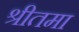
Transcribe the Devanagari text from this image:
श्रीतमा